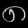
Digit: ၈